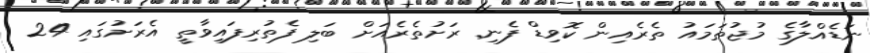
ނަޑެއްލާގެ މުޖުތަމައު ތެރެއިން ކޮވިޑް ފެނި